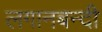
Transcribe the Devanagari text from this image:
लगानबन्दी